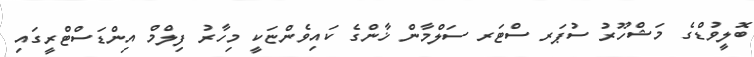
ބޮލީވުޑްގެ މަޝްހޫރު ސުޕަރ ސްޓަރ ސަލްމާން ޚާންގެ ކައިވެންޏަކީ މިހާރު ފިލްމް އިންޑަސްޓްރީގައި